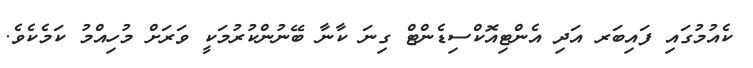
ކެއުމުގައި ފައިބަރ އަދި އެންޓިއޮކްސިޑެންޓް ގިނަ ކާނާ ބޭނުންކުރުމަކީ ވަރަށް މުހިއްމު ކަމެކެވެ.